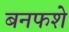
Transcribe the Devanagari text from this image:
बनफशे